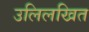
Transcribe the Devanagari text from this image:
उलिलखित